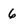
Character: 6